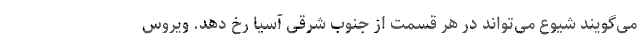
می‌گویند شیوع می‌تواند در هر قسمت از جنوب شرقی آسیا رخ دهد. ویروس